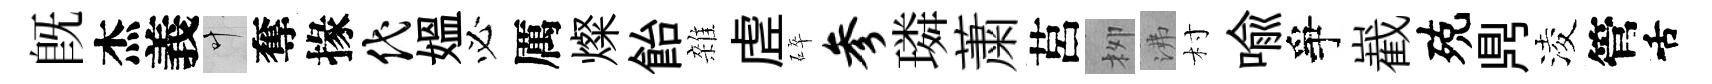
旣杰義叶奪掾代媪必厲燦飴雜虗碎参璘䔥莒栁沸村喩爭嶻殑𪔂淩管舌